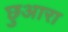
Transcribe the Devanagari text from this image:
छुआरा